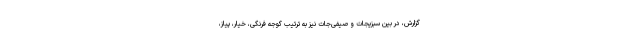
گزارش، در بین سبزیجات و صیفی‌جات نیز به ترتیب گوجه فرنگی، خیار، پیاز،